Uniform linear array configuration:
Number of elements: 24
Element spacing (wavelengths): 1
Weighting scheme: hamming
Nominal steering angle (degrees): -30
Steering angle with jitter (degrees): -31.488
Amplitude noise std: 0.05
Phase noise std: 0.05

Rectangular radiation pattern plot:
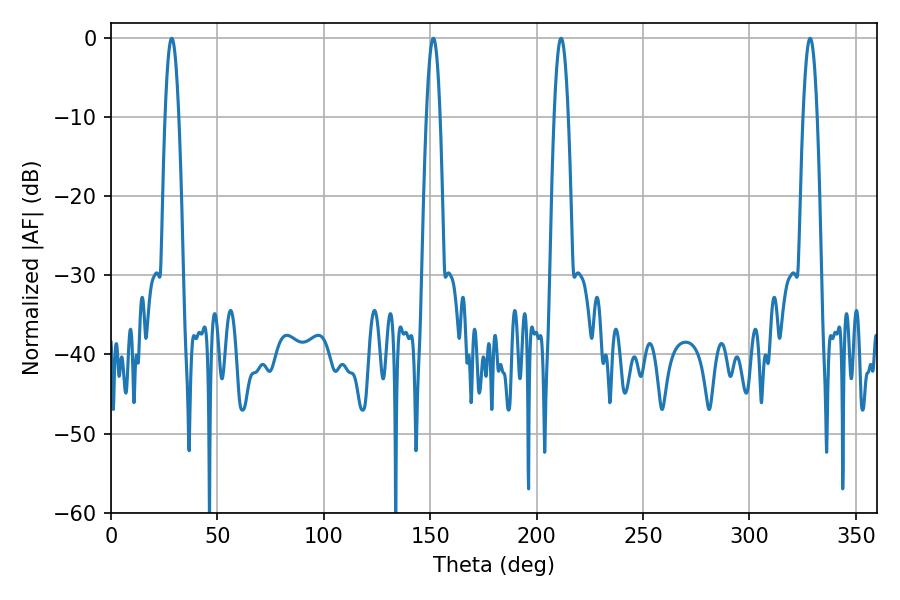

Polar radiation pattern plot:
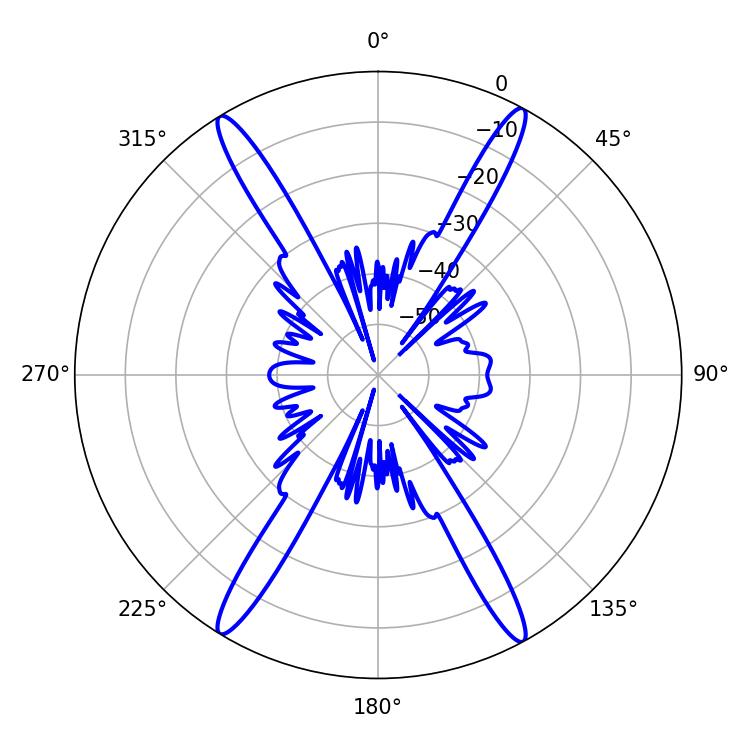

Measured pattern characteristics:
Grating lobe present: TRUE
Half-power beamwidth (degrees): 3.6
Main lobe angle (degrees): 328.5